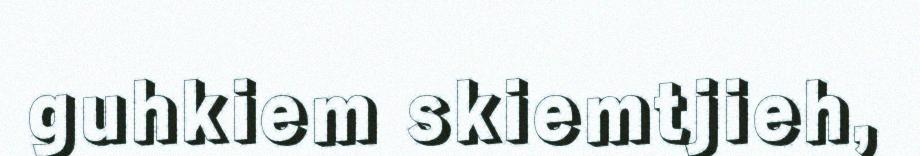
guhkiem skiemtjieh,